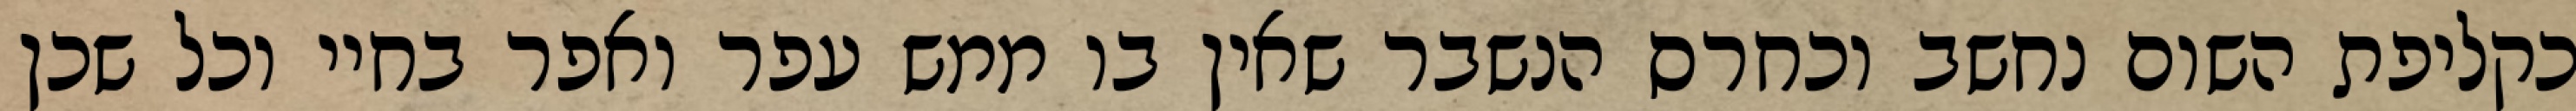
כקליפת השום נחשב וכחרס הנשבר שאין בו ממש עפר ואפר בחיי וכל שכן